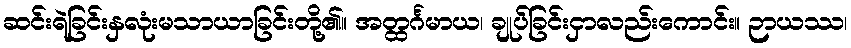
ဆင်းရဲခြင်းနှလုံးမသာယာခြင်းတို့၏။ အတ္ထင်္ဂမာယ၊ ချုပ်ခြင်းငှာလည်းကောင်း။ ဉာယဿ၊